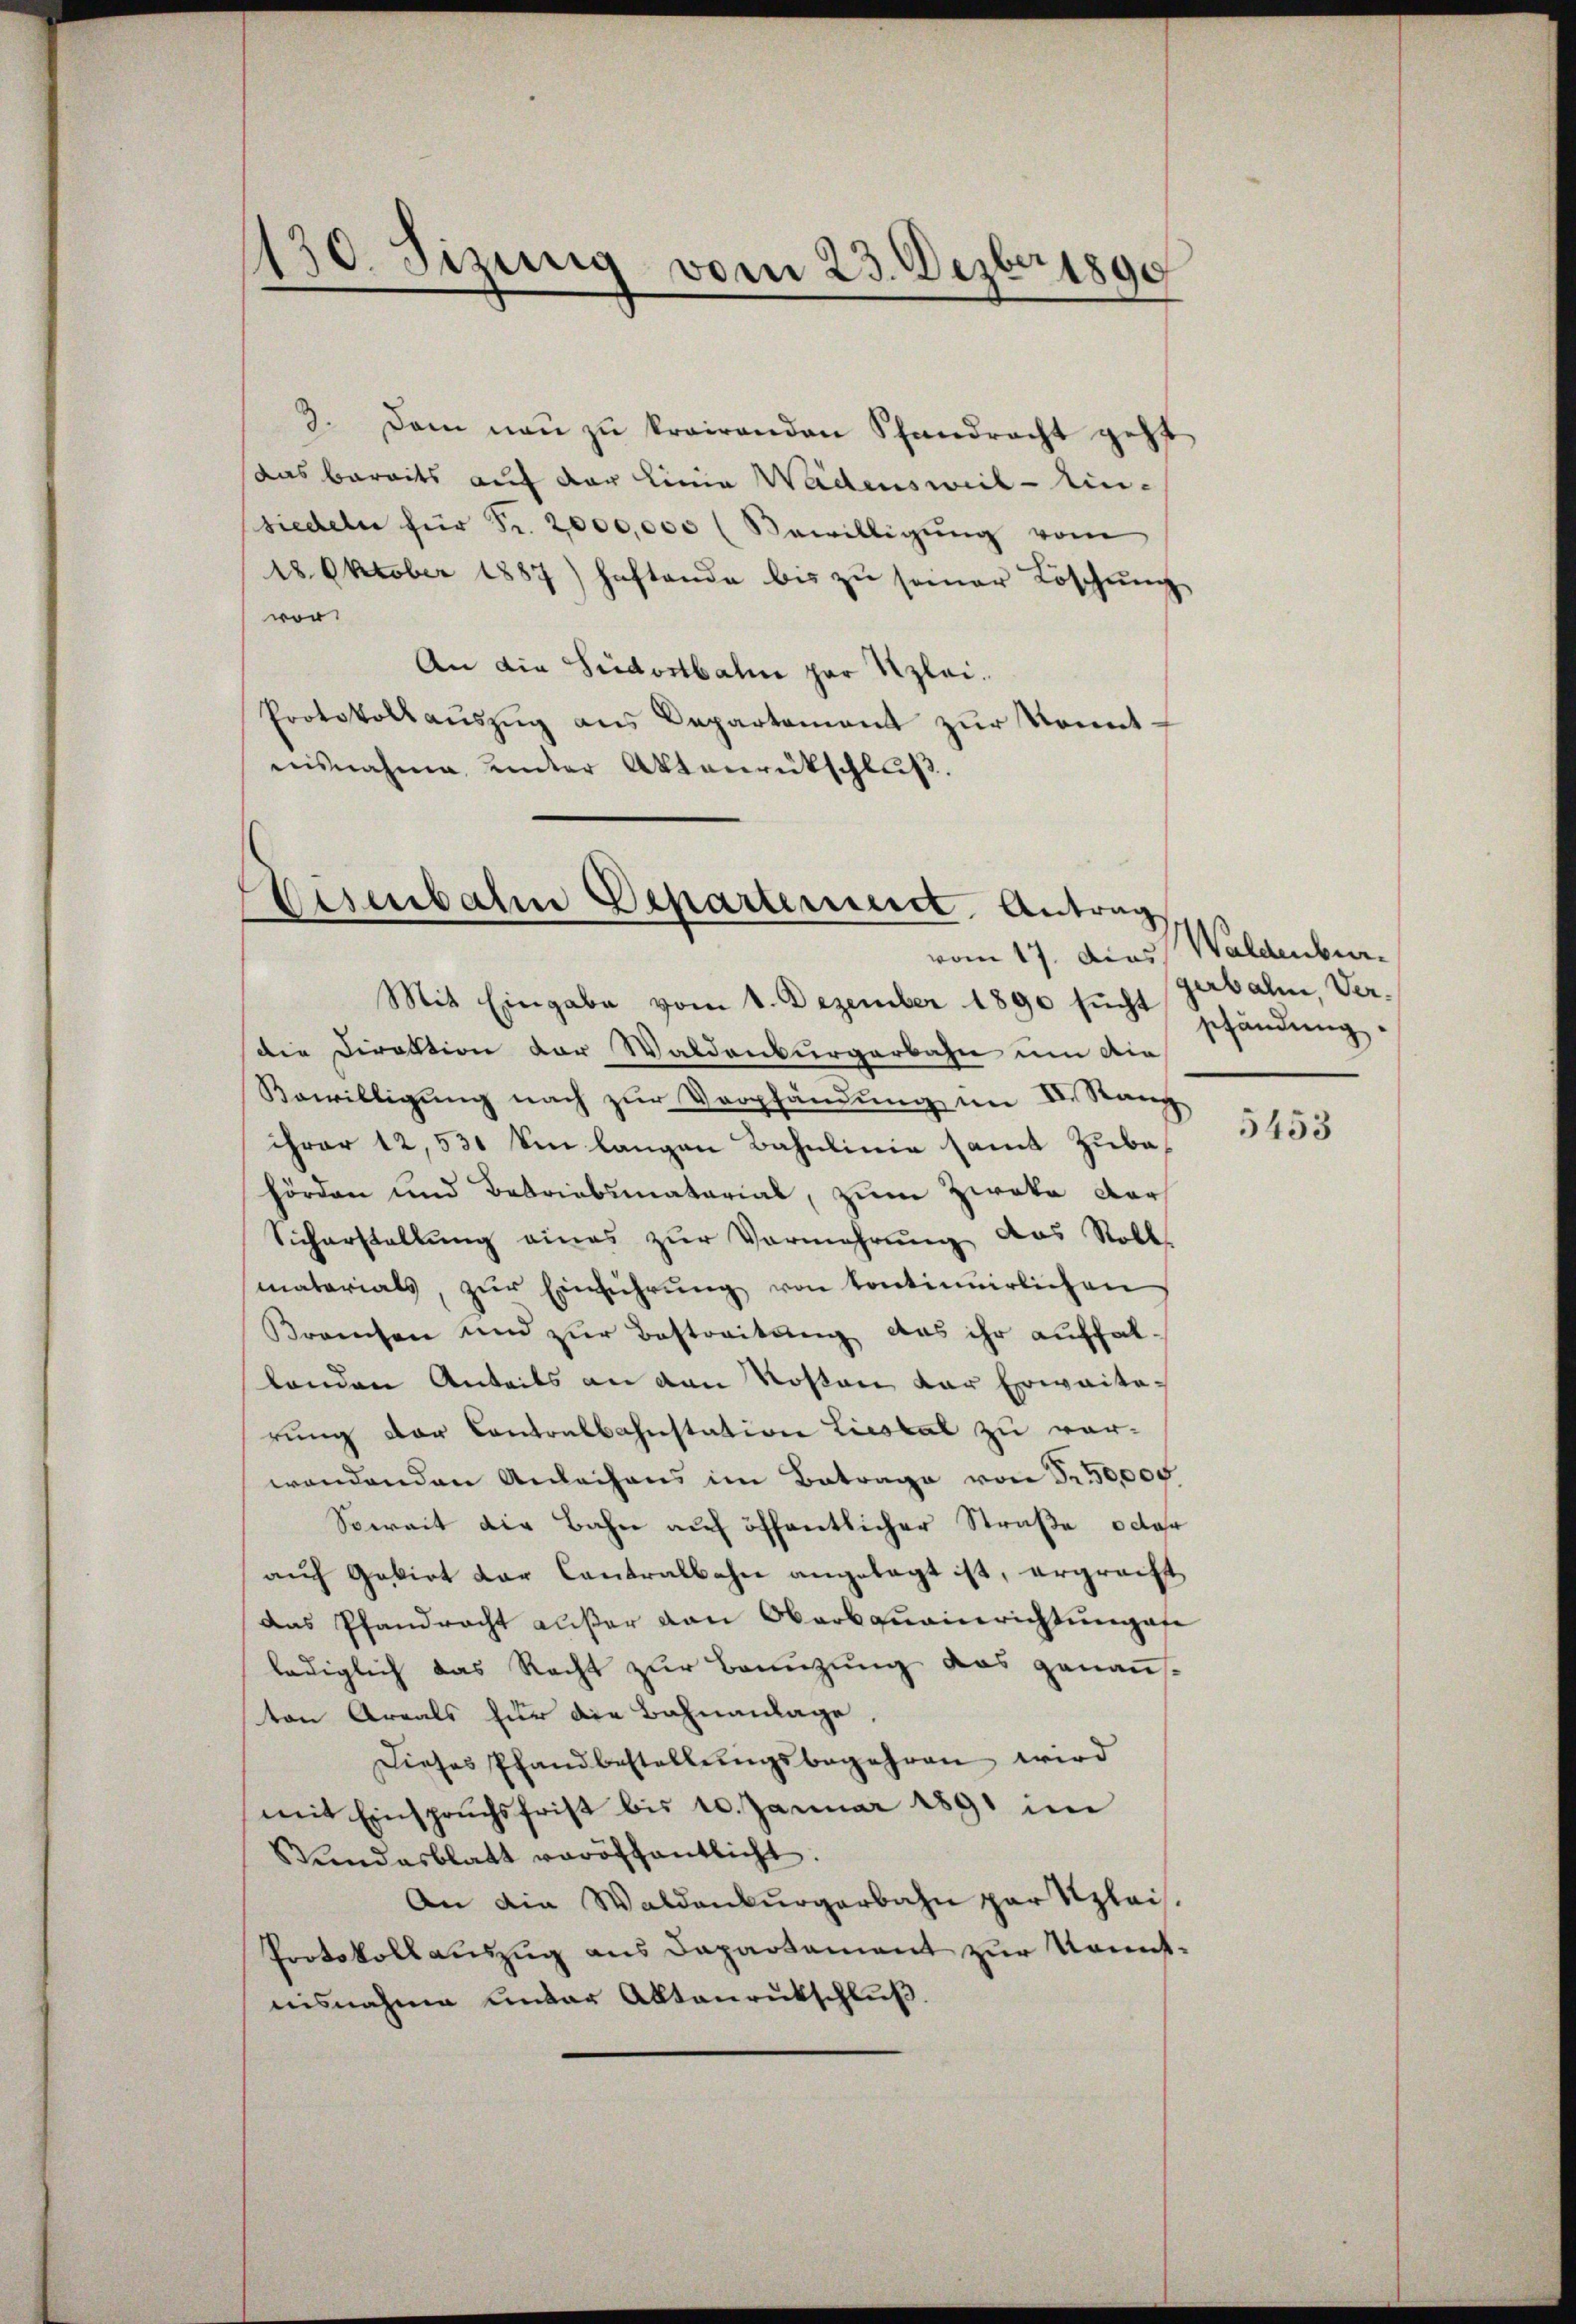
130. Sizung vom 23. Dezbr. 1890

3. Dann man zu krairenden Pfandracht geht
das bereits auf der Linia Wädensweil-Ein-
siedeln für Fr. 2000,000 (Bewilligŭng vom
18. Oktober 1887) haftende bis zŭ seiner Löschŭng
vor.
An die Südostbahn zur Klei¬
Protokollaŭszŭg ans Departement zŭr konnt
nisnahme unter Aktenrückschluß.

Eisenbahr Departerseit Antrag
vom 17. Dies Waldenbur

Mit Eingabe vom 1. Dezember 1890 sucht schändung
die Direktion der Waldenburgerbahn um die
Bewilligung nach zur Verpfändung im II. Rang
ihrer 12,530 km langen Bahnlinie samt Zubahörden und Betriebsmaterial, zum Zweke dar¬
Sicherstellung eines zur Vermehrung das Roll
materials, zŭr Einführŭng von kontinuirlichen
Breesen und zur Bestreitung das ihr auffallenden Anteils an den Kosten der Erwarterung der Contralbahnstation Liestal zu vor-
wendenden Anleihens im Betrage von § 50,000
Soweit die Bahn auf öffentlicher Straße oder
aŭf Gebiet der Contralbahn angelegt ist, ergreift
Das Pfandracht außer von Oberbauainrichtungen
lediglich das Recht zur Bannzung das genauston Areals für die Bahnanlage,
Dieses Pfandbestellungsbegehren wird
mit Einspruchsfrist bis 10. Januar 1891 im
Stundesblatt veröffentlicht.
An die Waldenburgerbahn par Szlei.
Protokollauszug aus Departement zur Kenntinsnahme unter Abtaurukschluß.

gerbahn, Ver¬

5453